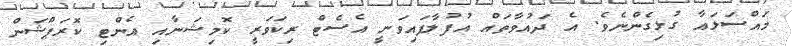
މައްސަލައާ ގުޅިގެންނެވެ. އެ ދައުވާތައް އުފުލާފައިވަނީ އެސެޓް ރިކަވަރީ ކޮމިޝަނާއި އެންޓި ކޮރަޕްޝަން